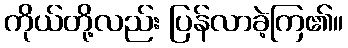
ကိုယ်တို့လည်း ပြန်လာခဲ့ကြ၏။